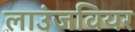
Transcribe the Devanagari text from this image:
लाउंजवियर